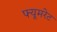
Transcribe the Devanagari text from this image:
फ्यूमरेट